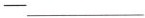
-___